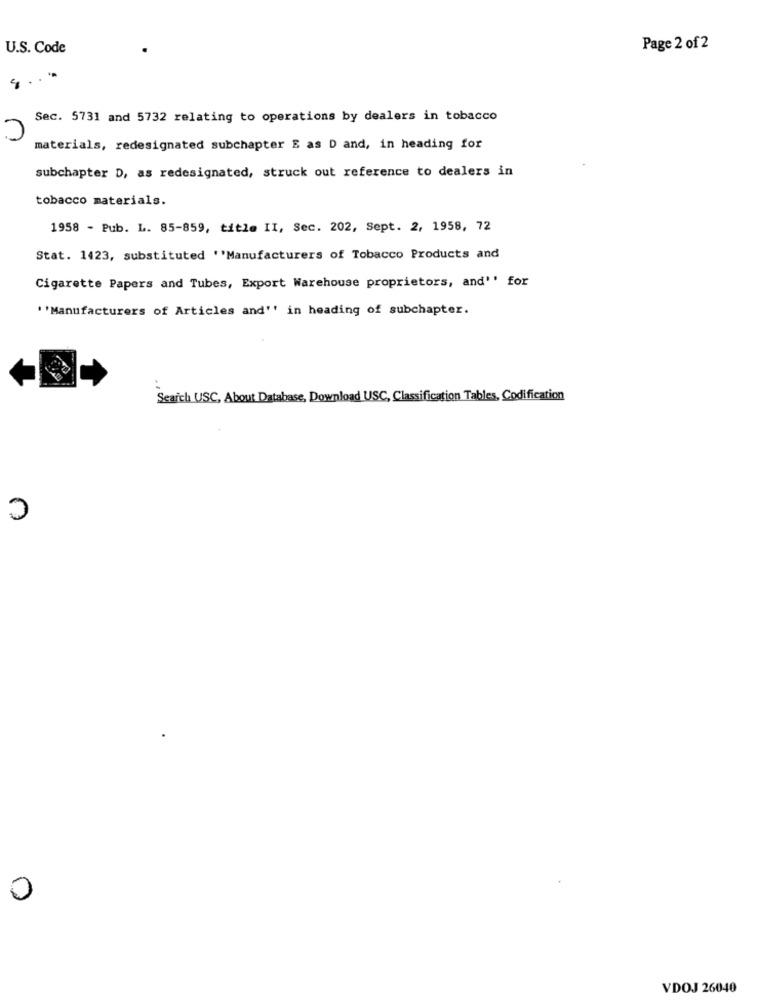
U.S. Code
Page 2 of 2
Sec. 5731 and 5732 relating to operations by dealers in tobacco
materials, redesignated subchapter E as D and, in heading for
subchapter D, as redesignated, struck out reference to dealers in
tobacco materials.
1958 - Pub. L. 85-859, title II, Sec. 202, Sept. 2, 1958, 72
Stat. 1423, substituted ''Manufacturers of Tobacco Products and
Cigarette Papers and Tubes, Export Warehouse proprietors, and'' for
' 'Manufacturers of Articles and'' in heading of subchapter.
Search USC, About Database, Download USC, Classification Tables, Codification
C
0
VDOJ 26040